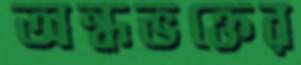
অন্ধভক্তের